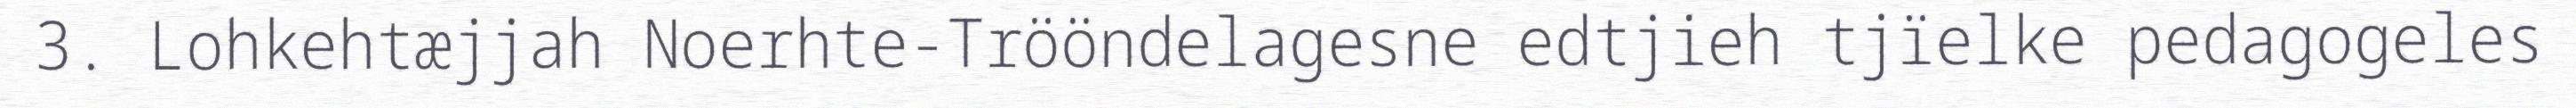
3. Lohkehtæjjah Noerhte-Trööndelagesne edtjieh tjïelke pedagogeles